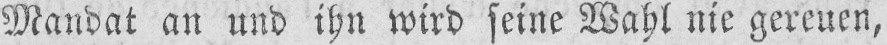
Mandat an und ihn wird seine Wahl nie gereuen,